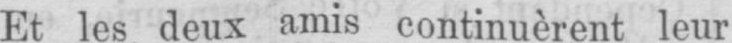
Et les deux amis continuèrent leur